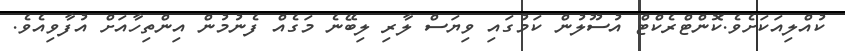
ކުއްލިއަކަށެވެ.ކޮންޓްރެކްޓް އުސޫލުން ކަމުގައި ވިޔަސް ލާރި ލިބޭނެ މަގެއް ފެނުމުން އިންތިހާއަށް އުފާވިއެވެ.